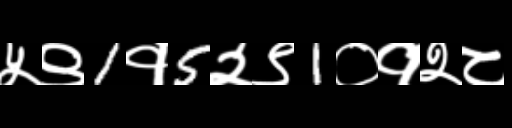
Text: ५९1१5२९1०१२८